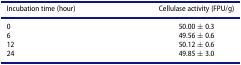
<table><thead><tr><td><b>Incubation time (hour)</b></td><td><b>Cellulase activity (FPU/g)</b></td></tr></thead><tbody><tr><td>0</td><td>50.00 ± 0.3</td></tr><tr><td>6</td><td>49.56 ± 0.6</td></tr><tr><td>12</td><td>50.12 ± 0.6</td></tr><tr><td>24</td><td>49.85 ± 3.0</td></tr></tbody></table>